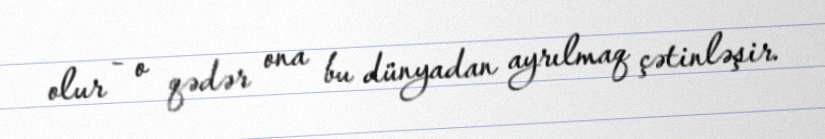
olur - o qədər ona bu dünyadan ayrılmaq çətinləşir.